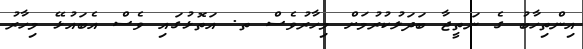
އިންތިހާބު ގެ ނަތީޖާ ބަދަލުކުރުމަށް މިހާރުވެސް ތ. އަތޮޅުގައި ވެސް އެބައުޅޭ މިހާރު